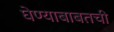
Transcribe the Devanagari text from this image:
घेण्याबाबतची